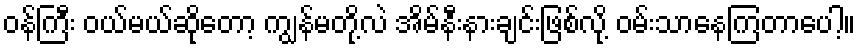
ဝန်ကြီး ဝယ်မယ်ဆိုတော့ ကျွန်မတို့လဲ အိမ်နီးနားချင်းဖြစ်လို့ ဝမ်းသာနေကြတာပေါ့။